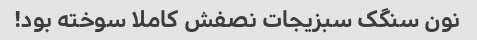
نون سنگک سبزیجات نصفش کاملا سوخته بود!